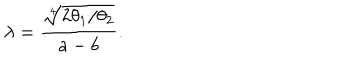
\lambda = \frac { \sqrt [ [object Object] ] ] { 2 \theta _ { 1 } / \theta _ { 2 } } } { a - b } .